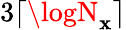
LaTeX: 3\lceil\logN_{\mathbf{x}}\rceil